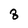
Character: 8